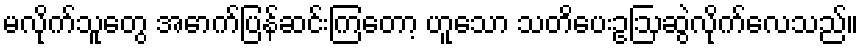
မလိုက်သူတွေ အောက်ပြန်ဆင်းကြတော့ ဟူသော သတိပေးဥဩဆွဲလိုက်လေသည်။